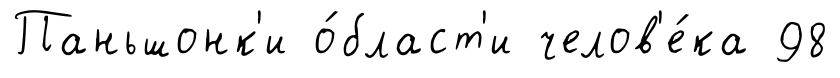
Паньшонк'и о́бласт'и челов'е́ка 98